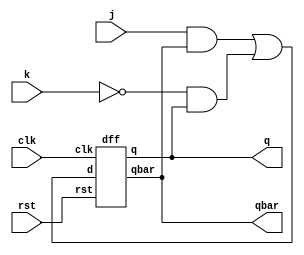
module JK_USING_D(
input j,k,clk,rst,
output q,qbar
    );
   wire w1,w2,w3;
  assign w1 = j&qbar;
  assign w2 = (~k&q);
  assign w3 =(w1 | w2);
  
dff dut(w3,clk,rst,q,qbar); 
     
endmodule

module dff(
input d,clk,rst,
output reg q,qbar);

always @(posedge clk or posedge rst)
begin
if (rst)
	q <= 1'b0;
else
	begin
	q <= d;
	qbar <= ~d;
	
	end
end
endmodule